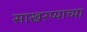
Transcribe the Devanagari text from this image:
साखरप्याच्या